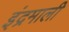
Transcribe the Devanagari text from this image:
इंद्रमाली